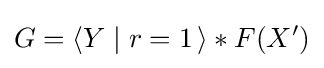
G=\langle Y\mid r=1\,\rangle \ast F(X')